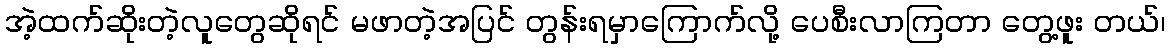
အဲ့ထက်ဆိုးတဲ့လူတွေဆိုရင် မဖာတဲ့အပြင် တွန်းရမှာကြောက်လို့ ပေစီးလာကြတာ တွေ့ဖူး တယ်၊